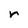
Character: r